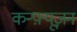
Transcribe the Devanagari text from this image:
कन्फ़्यूज़न